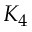
K _ { 4 }